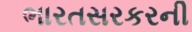
ભારતસરકરની